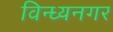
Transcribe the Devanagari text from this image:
विन्ध्यनगर